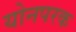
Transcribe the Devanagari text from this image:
योनपरक